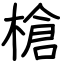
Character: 槍